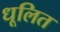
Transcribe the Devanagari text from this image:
धूलित